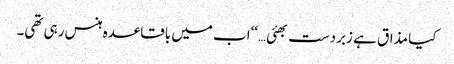
کیا مذاق ہے زبردست بھئی…‘‘اب میں باقاعدہ ہنس رہی تھی۔